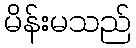
မိန်းမသည်